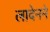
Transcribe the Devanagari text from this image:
लादेनने